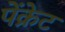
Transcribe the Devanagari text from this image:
पेंक्रेट